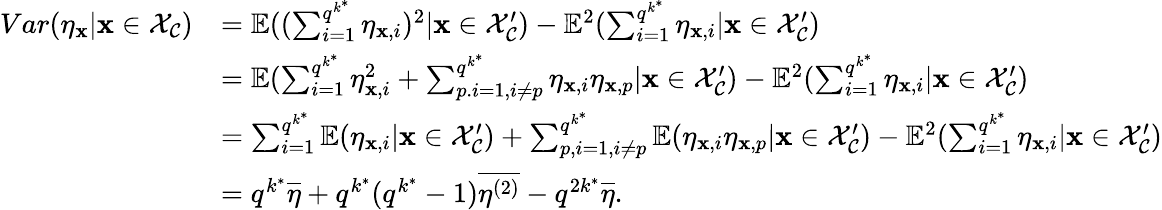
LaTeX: \begin{array}{rl}{Var(\eta_{\mathbf{x}}|\mathbf{x}\in\mathcal{X}_{\mathcal{C}})}&{=\mathbb{E}((\sum_{i=1}^{q^{k^{*}}}\eta_{\mathbf{x},i})^{2}|\mathbf{x}\in\mathcal{X}_{\mathcal{C}}^{\prime})-\mathbb{E}^{2}(\sum_{i=1}^{q^{k^{*}}}\eta_{\mathbf{x},i}|\mathbf{x}\in\mathcal{X}_{\mathcal{C}}^{\prime})}\\ &{=\mathbb{E}(\sum_{i=1}^{q^{k^{*}}}\eta_{\mathbf{x},i}^{2}+\sum_{p.i=1,i\neq p}^{q^{k^{*}}}\eta_{\mathbf{x},i}\eta_{\mathbf{x},p}|\mathbf{x}\in\mathcal{X}_{\mathcal{C}}^{\prime})-\mathbb{E}^{2}(\sum_{i=1}^{q^{k^{*}}}\eta_{\mathbf{x},i}|\mathbf{x}\in\mathcal{X}_{\mathcal{C}}^{\prime})}\\ &{=\sum_{i=1}^{q^{k^{*}}}\mathbb{E}(\eta_{\mathbf{x},i}|\mathbf{x}\in\mathcal{X}_{\mathcal{C}}^{\prime})+\sum_{p,i=1,i\neq p}^{q^{k^{*}}}\mathbb{E}(\eta_{\mathbf{x},i}\eta_{\mathbf{x},p}|\mathbf{x}\in\mathcal{X}_{\mathcal{C}}^{\prime})-\mathbb{E}^{2}(\sum_{i=1}^{q^{k^{*}}}\eta_{\mathbf{x},i}|\mathbf{x}\in\mathcal{X}_{\mathcal{C}}^{\prime})}\\ &{=q^{k^{*}}\overline{{\eta}}+q^{k^{*}}(q^{k^{*}}-1)\overline{{\eta^{(2)}}}-q^{2k^{*}}\overline{{\eta}}.}\end{array}